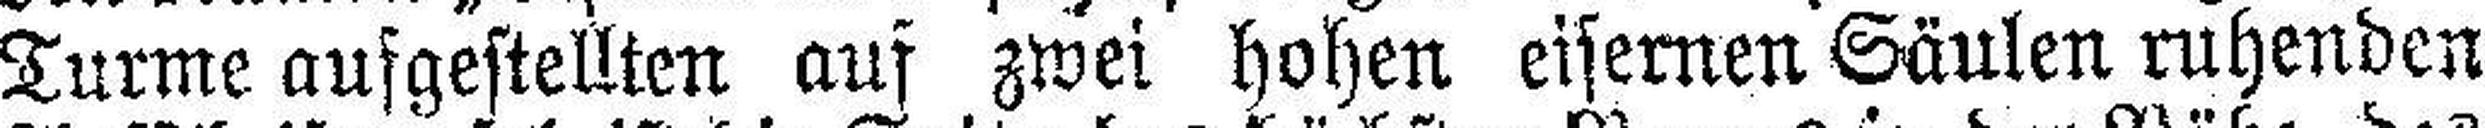
Turme aufgestellten auf zwei hohen eisernen Säulen ruhenden